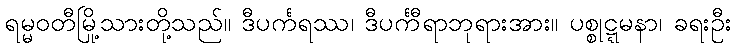
ရမ္မဝတီမြို့သားတို့သည်။ ဒီပင်္ကရဿ၊ ဒီပင်္ကရာဘုရားအား။ ပစ္စုဋ္ဋမနာ၊ ခရီးဦး